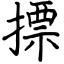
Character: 摽